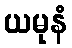
ယမုနံ